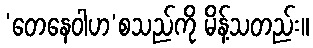
‘တေနေဝါဟ’စသည်ကို မိန့်သတည်း။